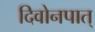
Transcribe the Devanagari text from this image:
दिवोनपात्